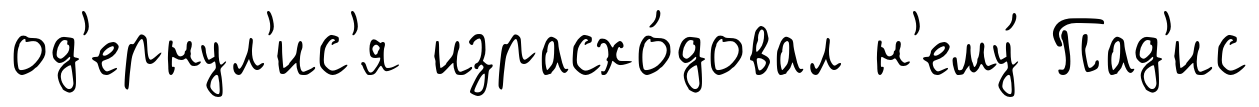
од'ернул'ис'я израсхо́довал н'ему́ Пад'ис